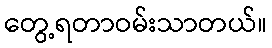
တွေ့ရတာဝမ်းသာတယ်။